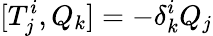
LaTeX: [T_{j}^{i},Q_{k}]=-\delta_{k}^{i}Q_{j}